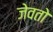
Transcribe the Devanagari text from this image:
जेवतो